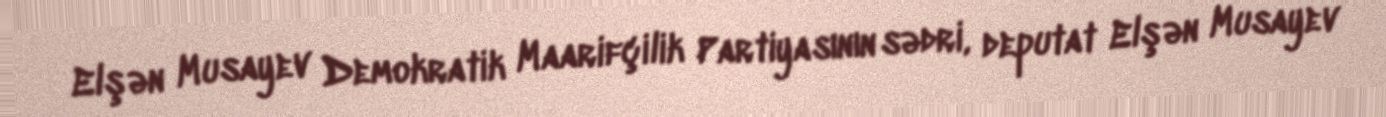
Elşən Musayev Demokratik Maarifçilik Partiyasının sədri, deputat Elşən Musayev